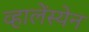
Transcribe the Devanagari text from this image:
व्हालेंस्येन